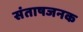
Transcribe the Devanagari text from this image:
संताषजनक